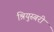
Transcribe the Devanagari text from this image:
श्रियुस्बरी